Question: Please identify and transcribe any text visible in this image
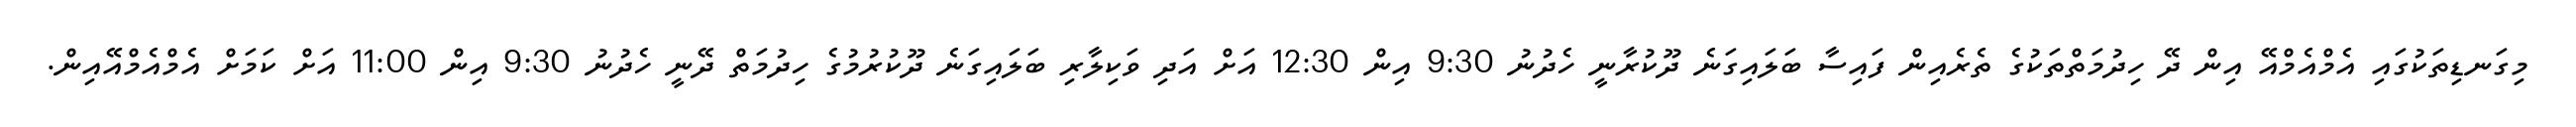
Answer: މިގަނޑިތަކުގައި އެމްއެމްއޭ އިން ދޭ ހިދުމަތްތަކުގެ ތެރެއިން ފައިސާ ބަލައިގަނެ ދޫކުރާނީ ހެދުނު 9:30 އިން 12:30 އަށް އަދި ވަކިލާރި ބަލައިގަނެ ދޫކުރުމުގެ ހިދުމަތް ދޭނީ ހެދުނު 9:30 އިން 11:00 އަށް ކަމަށް އެމްއެމްއޭއިން.